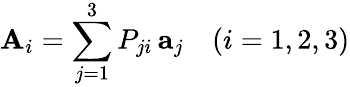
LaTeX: \mathbf{A}_{i}=\sum_{j=1}^{3}P_{ji}\, \mathbf{a}_{j}\quad(i=1,2,3)